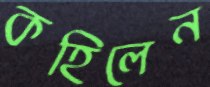
কহিলেন